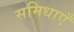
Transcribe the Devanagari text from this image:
समिधाएँ